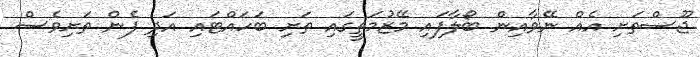
ޖޫސްތަށި އެއް ނޭވާއިން ބޯލާފައި މޭޒުމަތީގައި ތަށި ބަހައްޓައި އަދި ފެން ތަށިވެސް